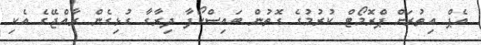
އެޕް އިތުރަށް ޕްރޮމޯޓް ކުރުމުގެ ގޮތުން ބައިސްކޯފާ ދިރާގާ ގުޅިގެން ރާއްޖޭގެ އެކި